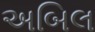
અબિલ